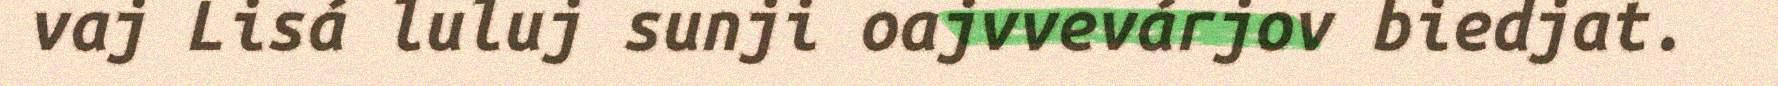
vaj Lisá luluj sunji oajvvevárjov biedjat.